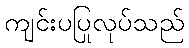
ကျင်းပပြုလုပ်သည်